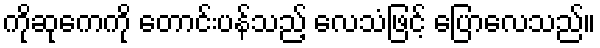
ကိုဆုကေကို တောင်းပန်သည့် လေသံဖြင့် ပြောလေသည်။